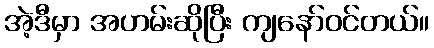
အဲ့ဒီမှာ အဟမ်းဆိုပြီး ကျနော်ဝင်တယ်။